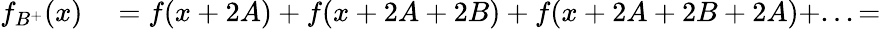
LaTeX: \begin{array}{rl}{f_{B^{+}}(x)}&{{}=f(x+2A)+f(x+2A+2B)+f(x+2A+2B+2A)+...=}\end{array}